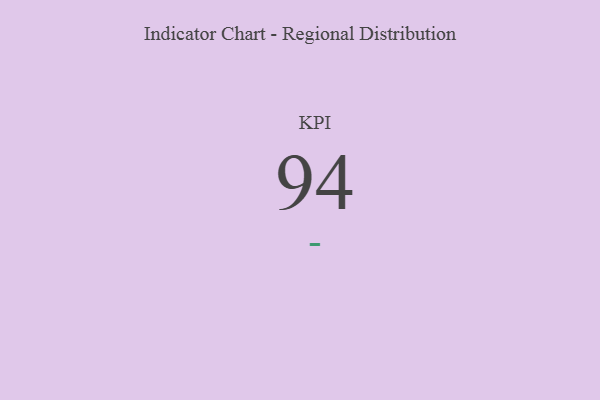
{"axis": {"x": "KPI", "y": "Value"}, "legend": [""], "data": [{"x": "KPI", "y": 94, "type": ""}]}